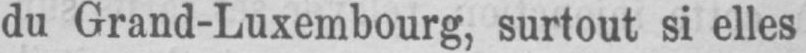
du Grand-Luxembourg, surtout si elles